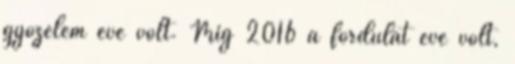
győzelem éve volt. Míg 2016 a fordulat éve volt,